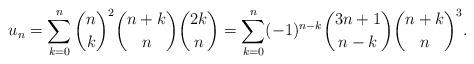
LaTeX: \begin{align*}u_n=\sum_{k=0}^n{\binom nk}^2\binom{n+k}n\binom{2k}n=\sum_{k=0}^n(-1)^{n-k}\binom{3n+1}{n-k}{\binom{n+k}{n}}^3.\end{align*}